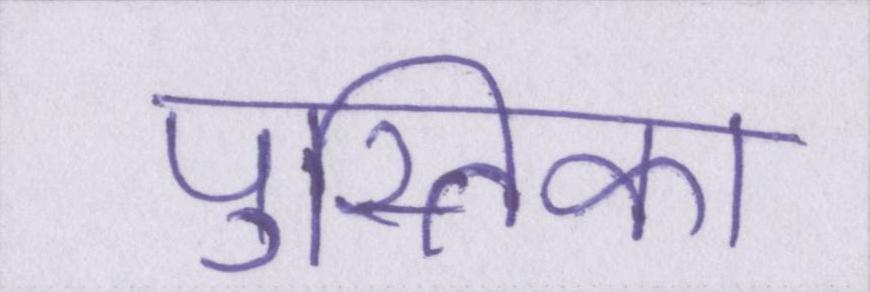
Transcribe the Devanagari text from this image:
पुस्तिका